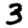
Digit: 3